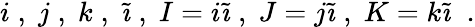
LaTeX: i\; ,\; j\; ,\; k\; ,\; \tilde{\imath}\; ,\; I=i\tilde{\imath}\; ,\; J=j\tilde{\imath}\; ,\; K=k\tilde{\imath}\; \; .